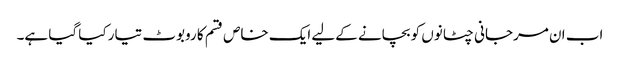
اب ان مرجانی چٹانوں کو بچانے کےلیے ایک خاص قسم کا روبوٹ تیار کیا گیا ہے۔